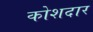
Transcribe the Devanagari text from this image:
कोशदार